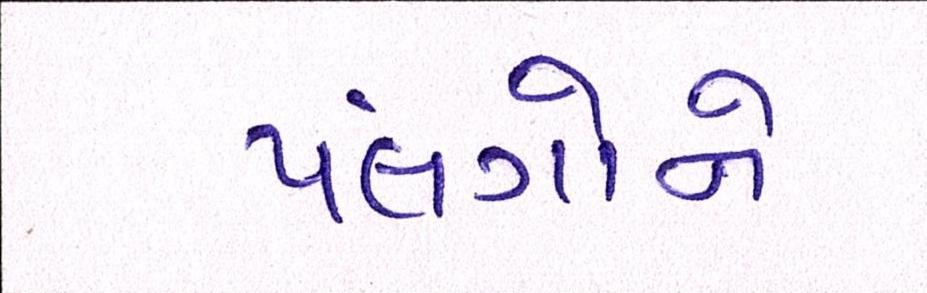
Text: પલંગોને